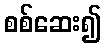
စစ်ဆေး၍